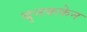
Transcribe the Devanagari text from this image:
बृनककेन